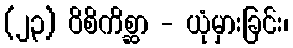
(၂၃) ဝိစိကိစ္ဆာ - ယုံမှားခြင်း၊